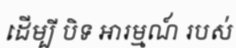
ដើម្បី បិទ អារម្មណ៍ របស់